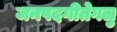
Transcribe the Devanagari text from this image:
जनपदगीतेगलु